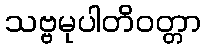
သဗ္ဗမုပါတိဝတ္တာ